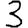
Digit: 3